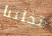
تخلينا